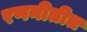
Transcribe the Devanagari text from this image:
रणनीतीत